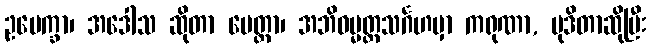
ဥပေက္ခာ၊ အဒေါသ ဆိုတာ မေတ္တာ၊ အဘိဓမ္မတ္ထသင်္ဂဟမှာ ကရုဏာ, မုဒိတာဆိုပြီး